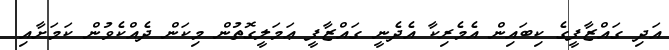
އަދި ގައްޒާފީގެ ކިބައިން އެމެރިކާ އެދެނީ ގައްޒާފީ ޢަމަލީގޮތުން މިކަން ދެއްކެވުން ކަމަށާއި